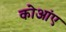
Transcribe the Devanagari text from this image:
कोआंए